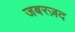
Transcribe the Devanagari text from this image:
जबरज़द